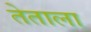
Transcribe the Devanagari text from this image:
तेताला